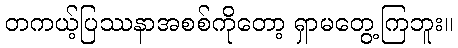
တကယ့်ပြဿနာအစစ်ကိုတော့ ရှာမတွေ့ကြဘူး။